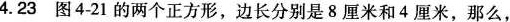
4.23 图4-21的两个正方形，边长分别是8厘米和4厘米，那么，